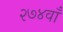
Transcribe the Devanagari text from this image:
२७४वाँ